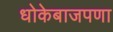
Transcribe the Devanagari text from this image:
धोकेबाजपणा